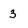
Character: 3